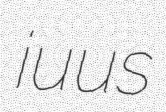
iuus